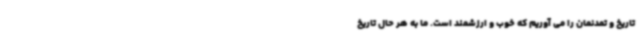
تاریخ و تمدنمان را می آوریم که خوب و ارزشمند است. ما به هر حال تاریخ